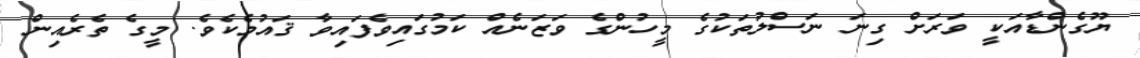
ޔޫގެންޑާއަކީ ވަރަށް ގިނަ ނަސްލުތަކުގެ މީހުންގެ ވަޒަނެއް ކަމުގައިވެފައިވާ ޤައުމެކެވެ. މީގެ ތެރެއިން